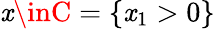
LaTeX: \mathit{x}\inC=\{ \mathit{x}_{1}>0\}